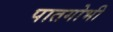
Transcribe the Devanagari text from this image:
पातगोभी